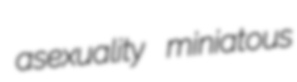
asexuality miniatous